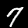
Digit: 7